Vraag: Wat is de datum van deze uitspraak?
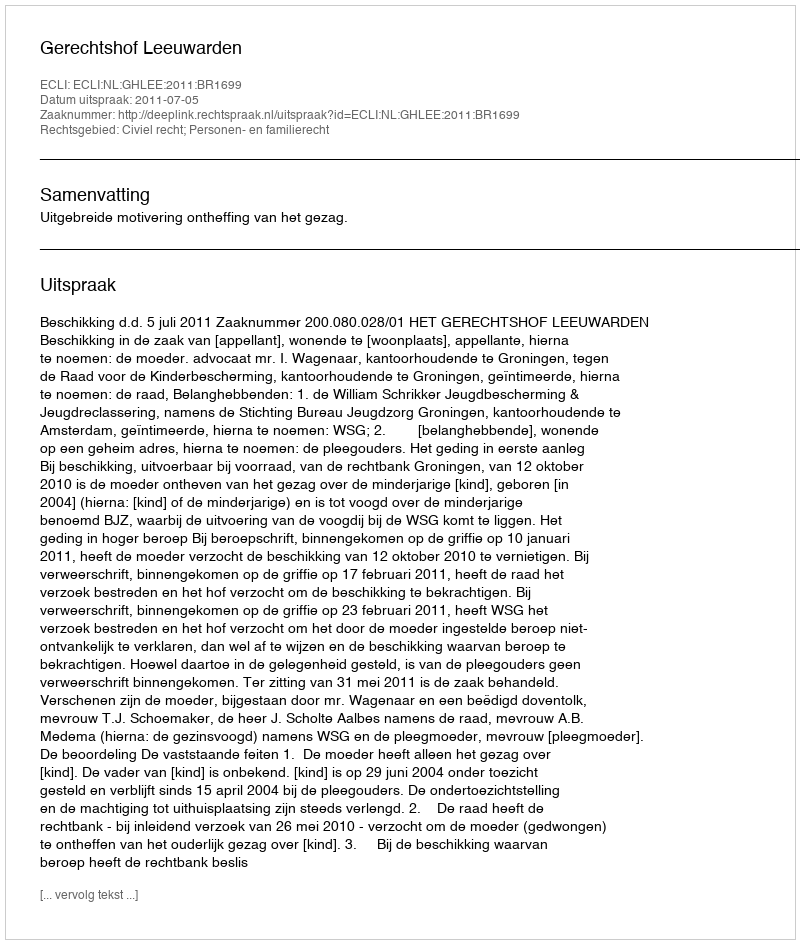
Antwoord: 2011-07-05